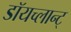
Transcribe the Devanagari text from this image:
डॉयच्लान्ट्